Medical and sanitary report of the native army of Bengal for the year
Year: 1875
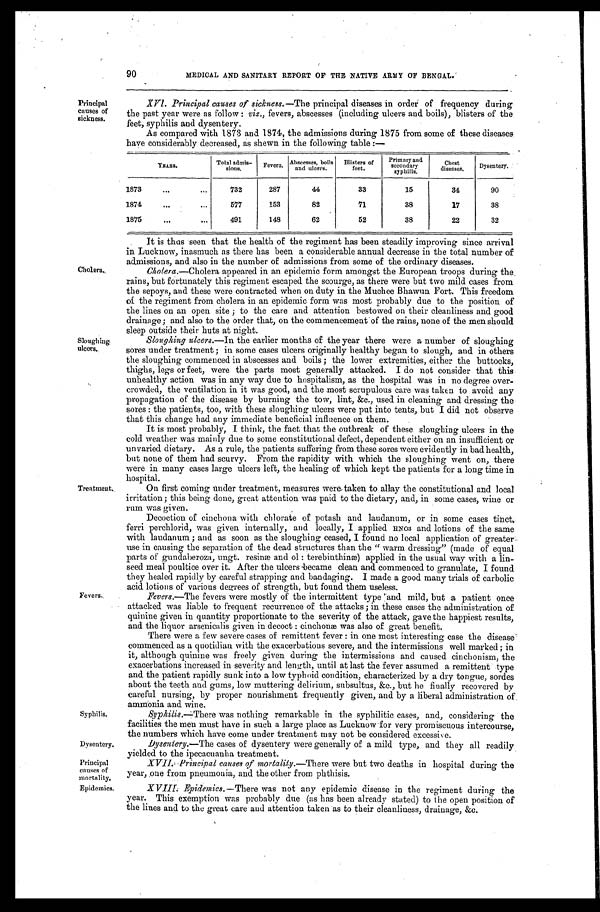
Syphilis.
Dysentery.
Principal
causes of
mortality.
Epidemics.
9 0
MEDICAL AND SANITARY REPORT OF THE NATIVE ARMY OF BENGAL.
Principal
causes of
sickness.
Cholera.
Sloughing
ulcers.
Treatment.
Fevers.
XV1. Principal causes of sickness. —The principal diseases in order of frequency during
the past year were as follow : viz., fevers, abscesses (including ulcers and boils), blisters of the
feet, syphilis and dysentery.
As compared with 1873 and 1874, the admissions during 1875 from some of these diseases
have considerably decreased, as shewn in the following table :—
YEARS.
Total admis
-sions.
Fevers.
Abscesses, boils
and ulcers.
Blisters of
feet.
Primary and
secondary
sy philis.
Chest
diseases.
Dysentery.
1873 . . .
732
287
44
33
15
34
90
1874 . . .
577
153
82
71
38
17
38
1875 . . .
491
148
62
52
38
22
32
It is thus seen that the health of the regiment has been steadily improving since arrival
in Lucknow, inasmuch as there has been a considerable annual decrease in the total number of
admissions, and also in the number of admissions from some of the ordinary diseases.
Cholera.—Cholera appeared in an epidemic form amongst the European troops during the
rains, but fortunately this regiment escaped the scourge, as there were but two mild cases from
the sepoys, and these were contracted when on duty in the Muchee Bhawun Fort. This freedom
of the regiment from cholera in an epidemic form was most probably due to the position of
the lines on an open site ; to the care and attention bestowed on their cleanliness and good
drainage; and also to the order that, on the commencement of the rains, none of the men should
sleep outside their huts at night.
Sloughing ulcers.—In the earlier months of the year there were a number of sloughing
sores under treatment ; in some cases ulcers originally healthy began to slough, and in others
the sloughing commenced in abscesses and boils ; the lower extremities, either the buttocks,
thighs, legs or feet, were the parts most generally attacked. I do not consider that this
unhealthy action was in any way due to hospitalism, as the hospital was in no degree over
- c r o w d e d , t h e v e n t i l a t i o n i n i t w a s g o o d , a n d t h e m o s t s c r u p u l o u s c a r e w a s t a k e n t o a v o i d a n y
propagation of the disease by burning the tow, lint, &c., used in cleaning and dressing the
sores : the patients, too, with these sloughing ulcers were put into tents, but I did not observe
that this change had any immediate beneficial influence on them.
It is most probably, I think, the fact that the outbreak of these sloughing ulcers in the
cold weather was mainly due to some constitutional defect, dependent either on an insufficient or
unvaried dietary. As a rule, the patients suffering from these sores were evidently in bad health,
but none of them had scurvy. From the rapidity with which the sloughing went on, there
were in many cases large ulcers left, the healing of which kept the patients for a long time in
hospital.
On first coming under treatment, measures were taken to allay the constitutional and local
irritation; this being done, great attention was paid to the dietary, and, in some cases, wine or
rum was given.
Decoction of cinchona with chlorate of potash and laudanum, or in some cases tinct.
ferri perchlorid, was given internally, and locally, I applied HNO3 and lotions of the same
with laudanum ; and as soon as the sloughing ceased, I found no local application of greater
use in causing the separation of the dead structures than the "warm dressing" (made of equal
parts of gundaberoza, ungt. resinæ and ol : terebinthinæ) applied in the usual way with a lin
- s e e d m e a l p o u l t i c e o v e r i t . A f t e r t h e u l c e r s b e c a m e c l e a n a n d c o m m e n c e d t o g r a n u l a t e , I f o u n d
they healed rapidly by careful strapping and bandaging. I made a good many trials of carbolic
acid lotions of various degrees of strength, but found them useless.
Fevers.—The fevers were mostly of the intermittent type mild, but a patient once
attacked was liable to frequent recurrence of the attacks ; in these cases the administration of
quinine given in quantity proportionate to the severity of the attack, gave the happiest results,
and the liquor arsenicalis given in decoct : cinchonaæ was also of great benefit.
There were a few severe cases of remittent fever : in one most interesting case the disease
commenced as a quotidian with the exacerbations severe, and the intermissions well marked ; in
it, although quinine was freely given during the intermissions and caused cinchonism, the
exacerbations increased in severity and length, until at last the fever assumed a remittent type
and the patient rapidly sunk into a low typhoid condition, characterized by a dry tongue, sordes
about the teeth and gums, low muttering delirium, subsultus, &c., but he finally recovered by
careful nursing, by proper nourishment frequently given, and by a liberal administration of
ammonia and wine.
Syphilis.—There was nothing remarkable in the syphilitic cases, and, considering the
facilities the men must have in such a large place as Lucknow for very promiscuous intercourse,
the numbers which have come under treatment may not be considered excessive.
Dysentery. —The cases of dysentery were generally of a mild type, and they all readily
yielded to the ipecacuanha treatment.
XVII. Principal causes of m ortality.—There were but two deaths in hospital during the
year, one from pneumonia, and the other from phthisis.
X V I I I .
Epidemics.—There was not any epidemic disease in the regiment during the
year. This exemption was probably due (as has been already stated) to the open position of
the lines and to the great care and attention taken as to their cleanliness, drainage, &c.